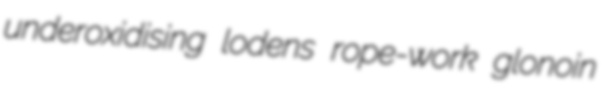
underoxidising lodens rope-work glonoin